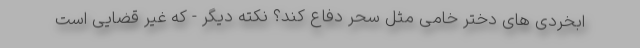
ابخردی های دختر خامی مثل سحر دفاع کند؟ نکته دیگر - که غیر قضایی است